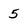
Character: 5